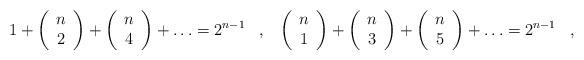
LaTeX: \begin{align*}1+\left(\begin{array}{c}n\\ 2\\ \end{array}\right)+\left(\begin{array}{c}n\\ 4\\ \end{array}\right)+\ldots=2^{n-1}\,\,\,\,\,,\,\,\,\,\,\left(\begin{array}{c}n\\ 1\\ \end{array}\right)+\left(\begin{array}{c}n\\ 3\\ \end{array}\right)+\left(\begin{array}{c}n\\ 5\\ \end{array}\right)+\ldots=2^{n-1}\,\,\,\,\,,\,\,\,\,\,\end{align*}